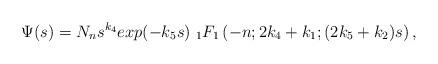
LaTeX: \begin{align*}\Psi(s)=N_ns^{k_4}exp(-k_5s)\ _1F_1\left(-n; 2k_4+k_1; (2k_5+k_2)s\right),\end{align*}